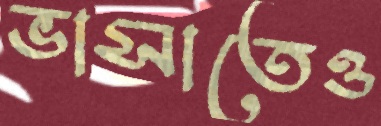
ভাসাতেও